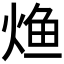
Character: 𰞳